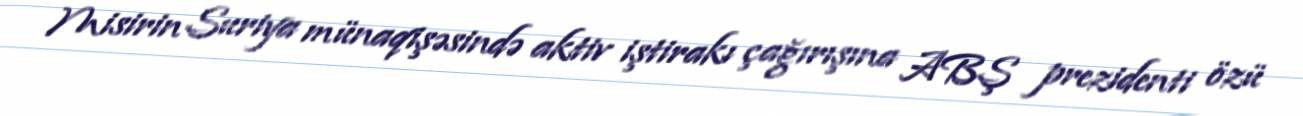
Misirin Suriya münaqişəsində aktiv iştirakı çağırışına ABŞ prezidenti özü